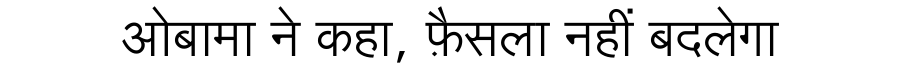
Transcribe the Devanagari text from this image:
ओबामा ने कहा, फ़ैसला नहीं बदलेगा